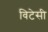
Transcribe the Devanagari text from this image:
विटेसी